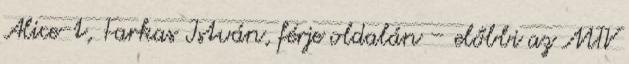
Alice-t, Farkas István, férje oldalán – előbbi az MTV